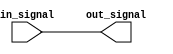
module io_block_ecl_buffer(
    input wire in_signal,
    output wire out_signal
);

    // Input stage with ECL logic levels
    reg in_buffer;
    always @(in_signal)
        in_buffer <= in_signal;

    // Input impedance matching for noise reduction
    // (Implementation details can be added here)

    // High-speed output stage with ECL-compatible levels
    wire out_buffer;
    assign out_buffer = in_buffer;

    // Signal conditioning and fan-out capabilities
    // (Implementation details can be added here)

    // Assign output signal
    assign out_signal = out_buffer;

endmodule